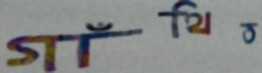
গাঁথিত